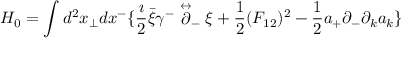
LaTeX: H _ { 0 } = \int d ^ { 2 } x _ { \perp } d x ^ { - } \{ { \frac { \imath } { 2 } } \bar { \xi } \gamma ^ { - } \stackrel { \leftrightarrow } { \partial } _ { - } \xi + { \frac { 1 } { 2 } } ( F _ { 1 2 } ) ^ { 2 } - { \frac { 1 } { 2 } } a _ { + } \partial _ { - } \partial _ { k } a _ { k } \}